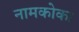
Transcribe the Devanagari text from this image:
नामकोका